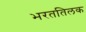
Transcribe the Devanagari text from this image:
भरततिलक